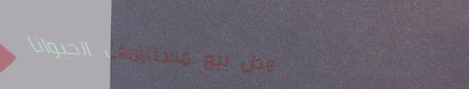
محل بيع مستلزمات الحيوانا